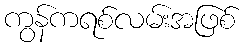
ကွန်ကရစ်လမ်းအဖြစ်